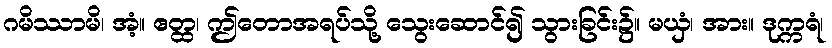
ဂမိဿာမိ၊ အံ့။ ဧတ္ထ၊ ဤတောအရပ်သို့ သွေးဆောင်၍ သွားခြင်း၌။ မယှံ၊ အား။ ဒုက္ကရံ၊